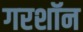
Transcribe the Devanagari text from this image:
गरशॉन